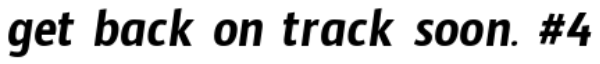
get back on track soon. #4